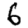
Digit: 6